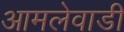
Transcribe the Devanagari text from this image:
आमलेवाडी